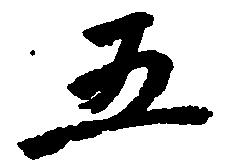
五